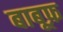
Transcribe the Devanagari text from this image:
बाबूफ़